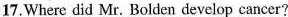
17.Where did Mr. Bolden develop cancer?